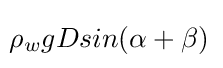
\!\rho _{w}gDsin(\alpha +\beta )